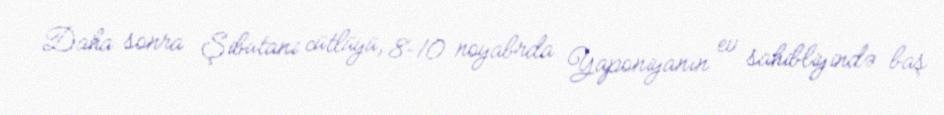
Daha sonra Şibutani cütlüyü, 8–10 noyabrda Yaponiyanın ev sahibliyində baş